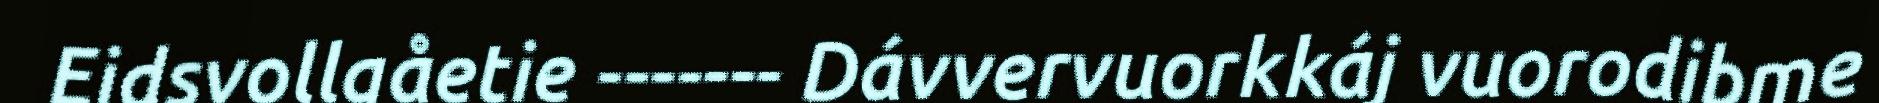
Eidsvollgåetie ------- Dávvervuorkkáj vuorodibme